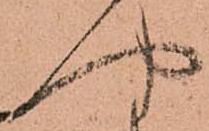
や